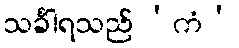
သင်္ခါရသည် ‘ကံ’